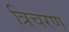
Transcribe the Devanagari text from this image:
त्रिचरण